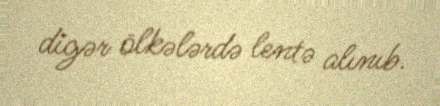
digər ölkələrdə lentə alınıb.